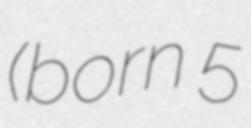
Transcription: (born 5